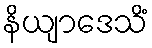
နိယျာဒေသိံ